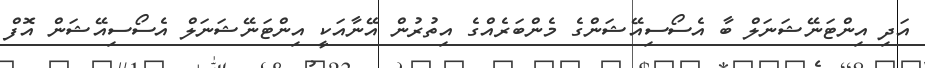
އަދި އިންޓަނޭޝަނަލް ބާ އެސޯސިއޭޝަންގެ މެންބަރެއްގެ އިތުރުން އޭނާއަކީ އިންޓަނޭޝަނަލް އެސޯސިއޭޝަން އޮފް